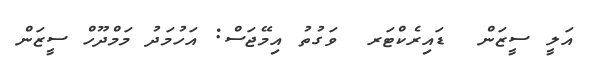
އަލީ ސީޒަން  ޑައިރެކްޓަރ  ވަގުތު އިމޭޖަސް: އަހުމަދު މަމްދޫހް ސީޒަން